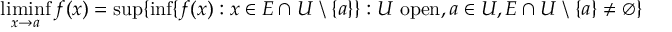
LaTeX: \operatorname* { l i m i n f } _ { x \to a } f ( x ) = \operatorname* { s u p } \{ \operatorname* { i n f } \{ f ( x ) : x \in E \cap U \setminus \{ a \} \} : U \ \mathrm { o p e n } , a \in U , E \cap U \setminus \{ a \} \neq \emptyset \}